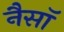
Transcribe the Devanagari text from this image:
नैसॉ